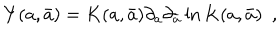
Y ( a , \bar { a } ) = K ( a , \bar { a } ) \partial _ { a } \partial _ { \bar { a } } \ln K ( a , \bar { a } ) \ \ ,